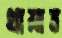
থামাব